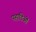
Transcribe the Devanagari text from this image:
पहाडिओं